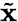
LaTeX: \tilde{\mathbf{x}}